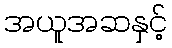
အယူအဆနှင့်